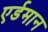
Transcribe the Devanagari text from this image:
एर्डमान